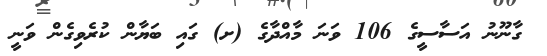
ގާނޫނު އަސާސީގެ 106 ވަނަ މާއްދާގެ (ށ) ގައި ބަޔާން ކުރެވިގެން ވަނީ